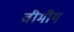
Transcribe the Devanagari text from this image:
वीमीय